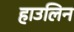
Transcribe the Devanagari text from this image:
हाउलिन